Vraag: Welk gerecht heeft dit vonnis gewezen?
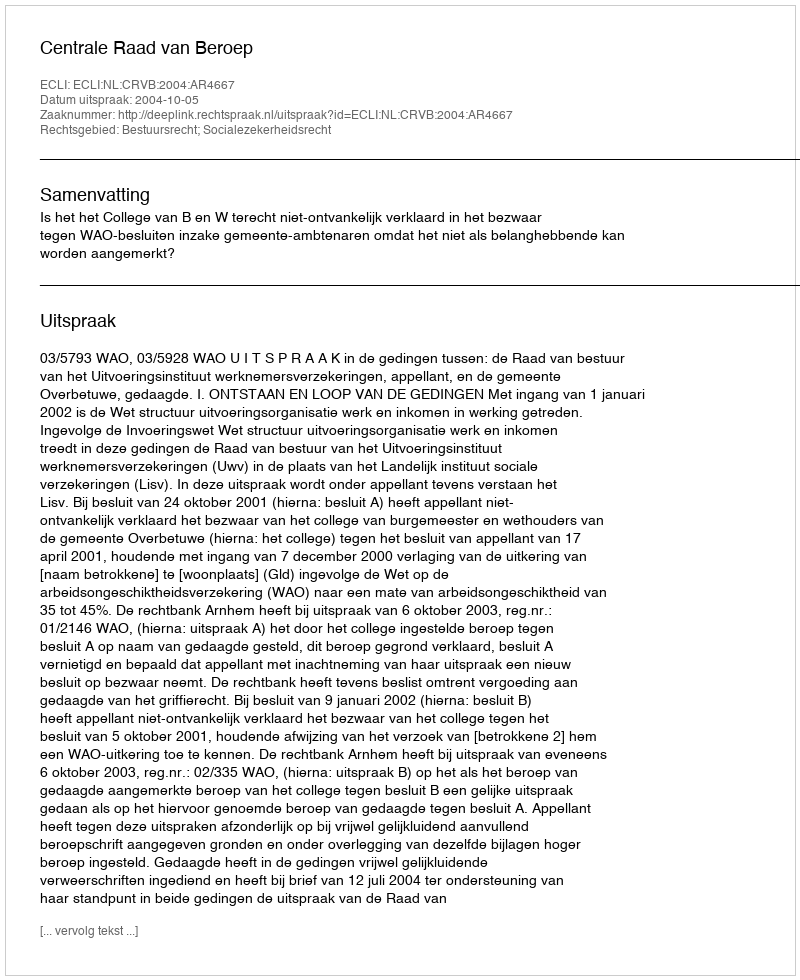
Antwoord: Centrale Raad van Beroep